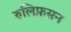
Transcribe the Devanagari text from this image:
रुलिफ़सन